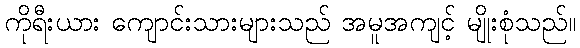
ကိုရီးယား ကျောင်းသားများသည် အမူအကျင့် မျိုးစုံသည်။